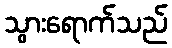
သွားရောက်သည်